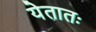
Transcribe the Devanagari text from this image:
येतातः